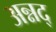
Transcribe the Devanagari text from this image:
अन्नद्